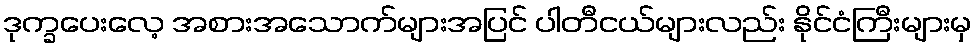
ဒုက္ခပေးလေ့ အစားအသောက်များအပြင် ပါတီငယ်များလည်း နိုင်ငံကြီးများမှ